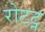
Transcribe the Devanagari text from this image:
रोटट्न